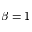
\beta = 1